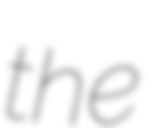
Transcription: the